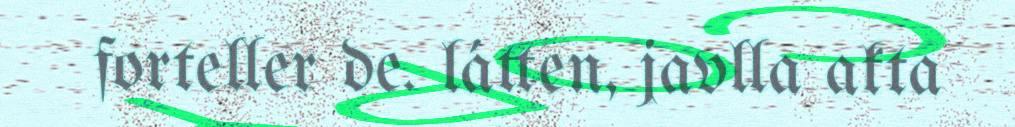
forteller de. látten, javlla akta